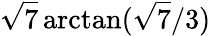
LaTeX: {\sqrt{7}}\arctan({{\sqrt{7}}/3})